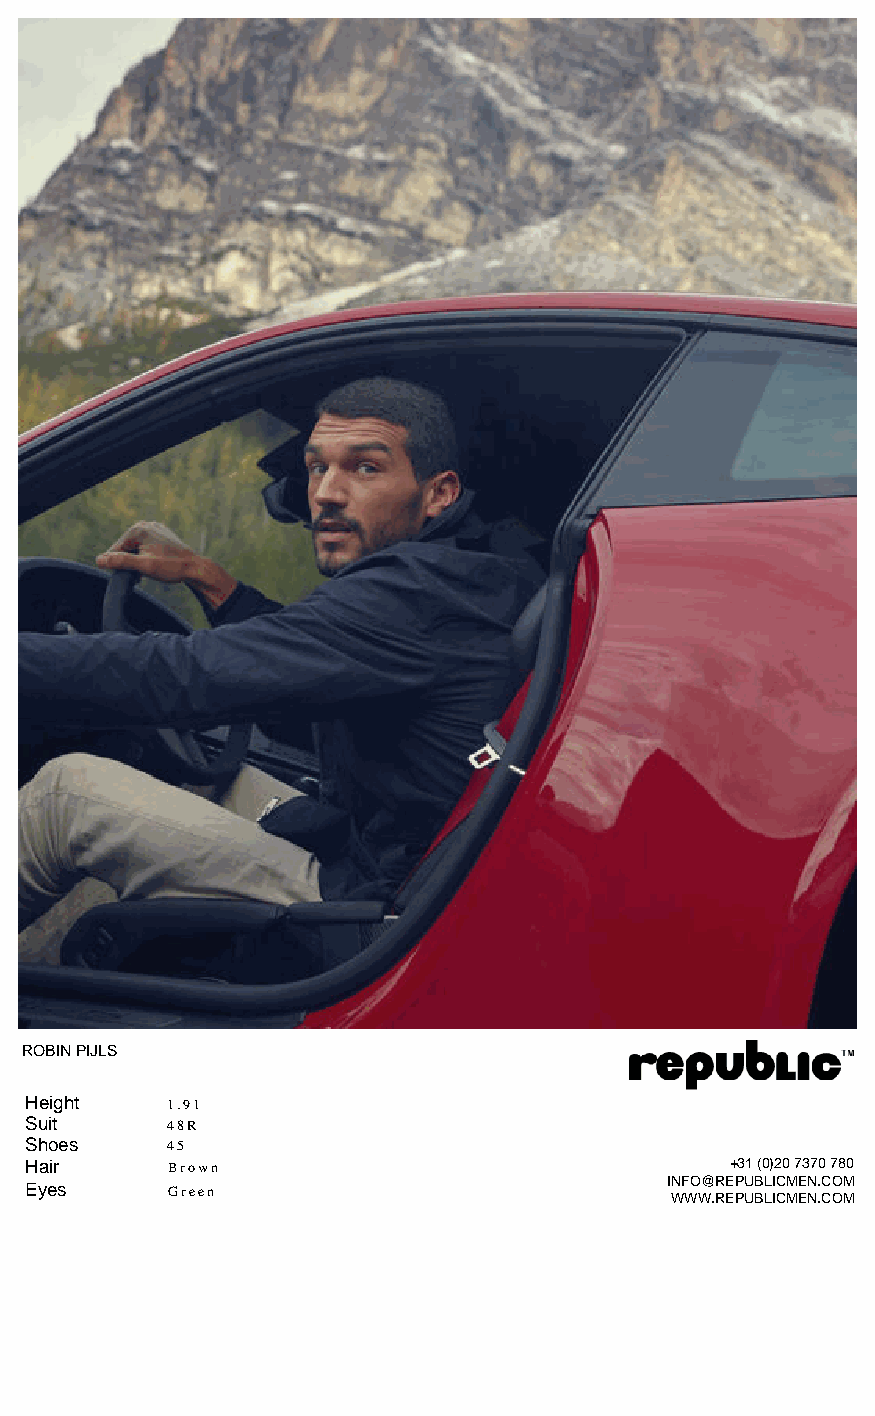
ROBIN PIJLS
 Height   1.91
 Suit     48R
 Shoes    45
 Hair     Brown                                +31 (0)20 7370 780
 INFO@REPUBLICMEN.COM
 Eyes     Green
 WWW.REPUBLICMEN.COM